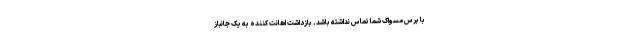
با برس مسواک شما تماس نداشته باشد. بازداشت اهانت کننده به یک جانباز